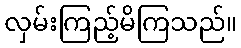
လှမ်းကြည့်မိကြသည်။